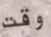
وقت